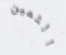
الثمين